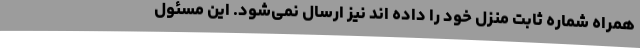
همراه شماره ثابت منزل خود را داده اند نیز ارسال نمی‌شود. این مسئول